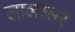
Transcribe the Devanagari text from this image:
लालासर